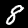
Digit: 8